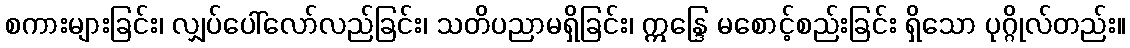
စကားများခြင်း၊ လျှပ်ပေါ်လော်လည်ခြင်း၊ သတိပညာမရှိခြင်း၊ ဣန္ဒြေ မစောင့်စည်းခြင်း ရှိသော ပုဂ္ဂိုလ်တည်း။